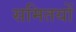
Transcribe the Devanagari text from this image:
समितयों